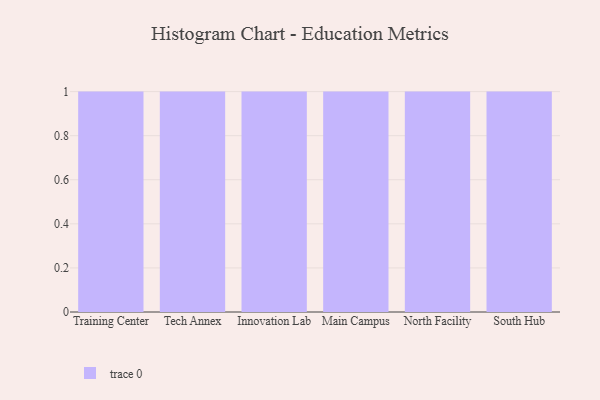
{"axis": {"x": "Campus", "y": "Energy Usage (MWh)"}, "legend": [""], "data": [{"x": "Training Center", "y": 57, "type": ""}, {"x": "Tech Annex", "y": 23, "type": ""}, {"x": "Innovation Lab", "y": 67, "type": ""}, {"x": "Main Campus", "y": 2, "type": ""}, {"x": "North Facility", "y": 35, "type": ""}, {"x": "South Hub", "y": 42, "type": ""}]}